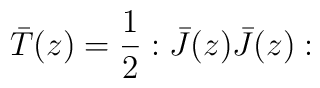
\bar{T}(z)=\frac{1}{2}:\bar{J}(z)\bar{J}(z):